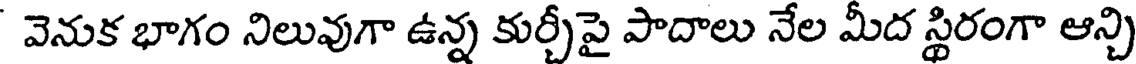
వెనుక భాగం నిలువుగా ఉన్న కుర్చీపై పాదాలు నేల మీద స్థిరంగా ఆన్చి